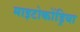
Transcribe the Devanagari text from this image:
माइटोकोंड्रिया